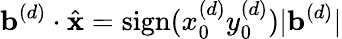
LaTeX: \mathbf{b}^{(d)}\cdot\hat{\mathbf{x}}=\mathrm{sign}(x_{0}^{(d)}y_{0}^{(d)})|\mathbf{b}^{(d)}|